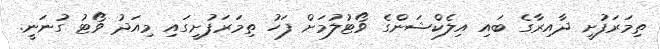
ތިމަރަފުށީ ދާއިރާގެ ބައި އިލެކްޝަންގެ ވޯޓުލުމަށް ފަހު ތިމަރަފުށީގައި މިއަދު ވޯޓު ގުނަނީ.